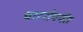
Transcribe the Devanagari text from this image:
चारशेपर्यंत